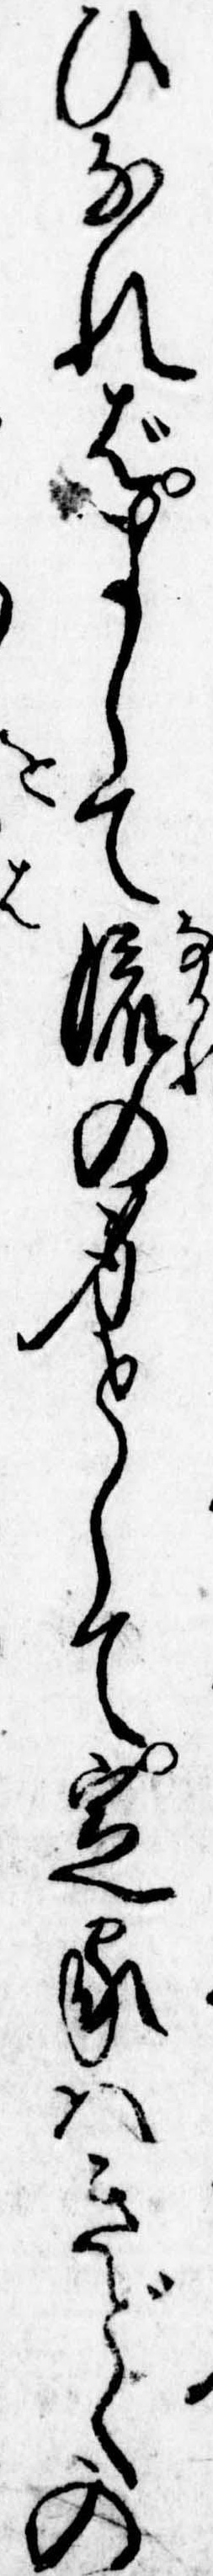
ひなればまして流の身として定家はきどくの